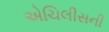
એચિલીસની